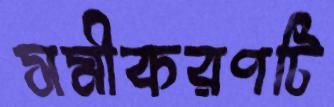
সমীকরণটি